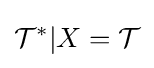
{\mathcal {T}}^{*}|X={\mathcal {T}}